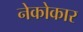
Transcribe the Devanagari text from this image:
नेकोकार